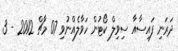
ދަރަނި ފައިސާއާ ސިވިލް ކޯޓުން ހަވާލެއްނުވި 07 މާޗް 2012 - 3